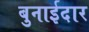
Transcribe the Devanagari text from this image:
बुनाईदार